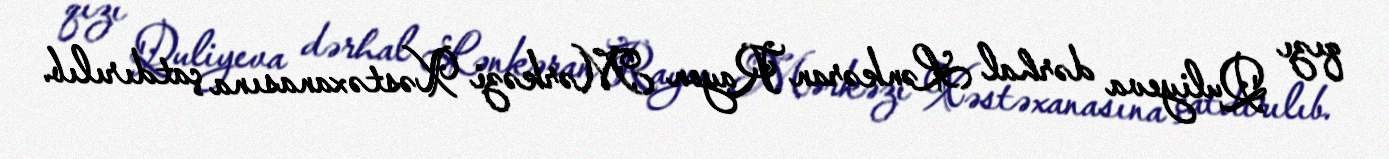
qızı Quliyeva dərhal Lənkəran Rayon Mərkəzi Xəstəxanasına çatdırılıb.